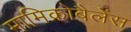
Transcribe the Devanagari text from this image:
मामिक्रोबैलेंस